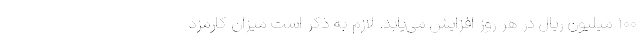
۱۰۰ میلیون ریال در هر روز افزایش می‌یابد. لازم به ذکر است میزان کارمزد